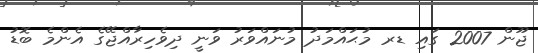
ޖޫން 2007 ގައި ޑރ މުޙައްމަދު މުނައްވަރު ވަނީ ދިވެހިރާއްޖޭގެ އެންމެ ބޮޑު